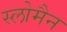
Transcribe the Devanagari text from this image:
स्लोमैन